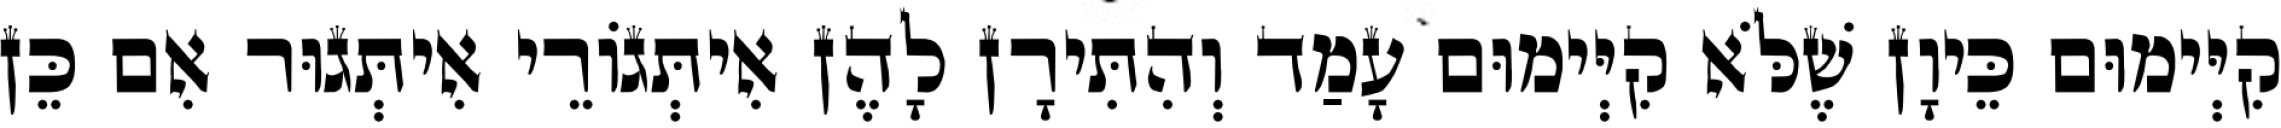
קִיְּימוּם כֵּיוָן שֶׁלֹּא קִיְּימוּם עָמַד וְהִתִּירָן לָהֶן אִיתְּגוֹרֵי אִיתְּגוּר אִם כֵּן